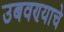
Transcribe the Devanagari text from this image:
उबवण्याचे